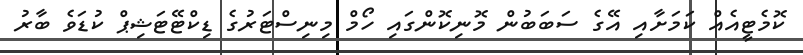
ކޮމެޓީއެއް ކަމަށާއި އޭގެ ސަބަބުން މޮނިކޮންގައި ހޯމް މިނިސްޓަރުގެ ޑިކްޓޭޓަޝިޕް ކުޑަވެ ބާރު